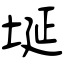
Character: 埏